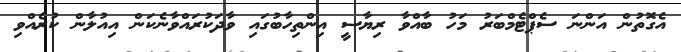
އެގޮތުން އަންނަ ސެޕްޓެމްބަރު މަހު ބާއްވާ ރިޔާސީ އިންތިހާބުގައި ވާދަކުރައްވާނެކަން އިއުލާން ކުރެއްވި